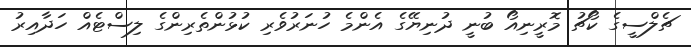
ޗެލްސީގެ ކޯޗު މޮރީނިއޯ ބުނީ ދުނިޔޭގެ އެންމެ ހުނަރުވެރި ކުޅުންތެރިންގެ ލިސްޓެއް ހަދާއިރު